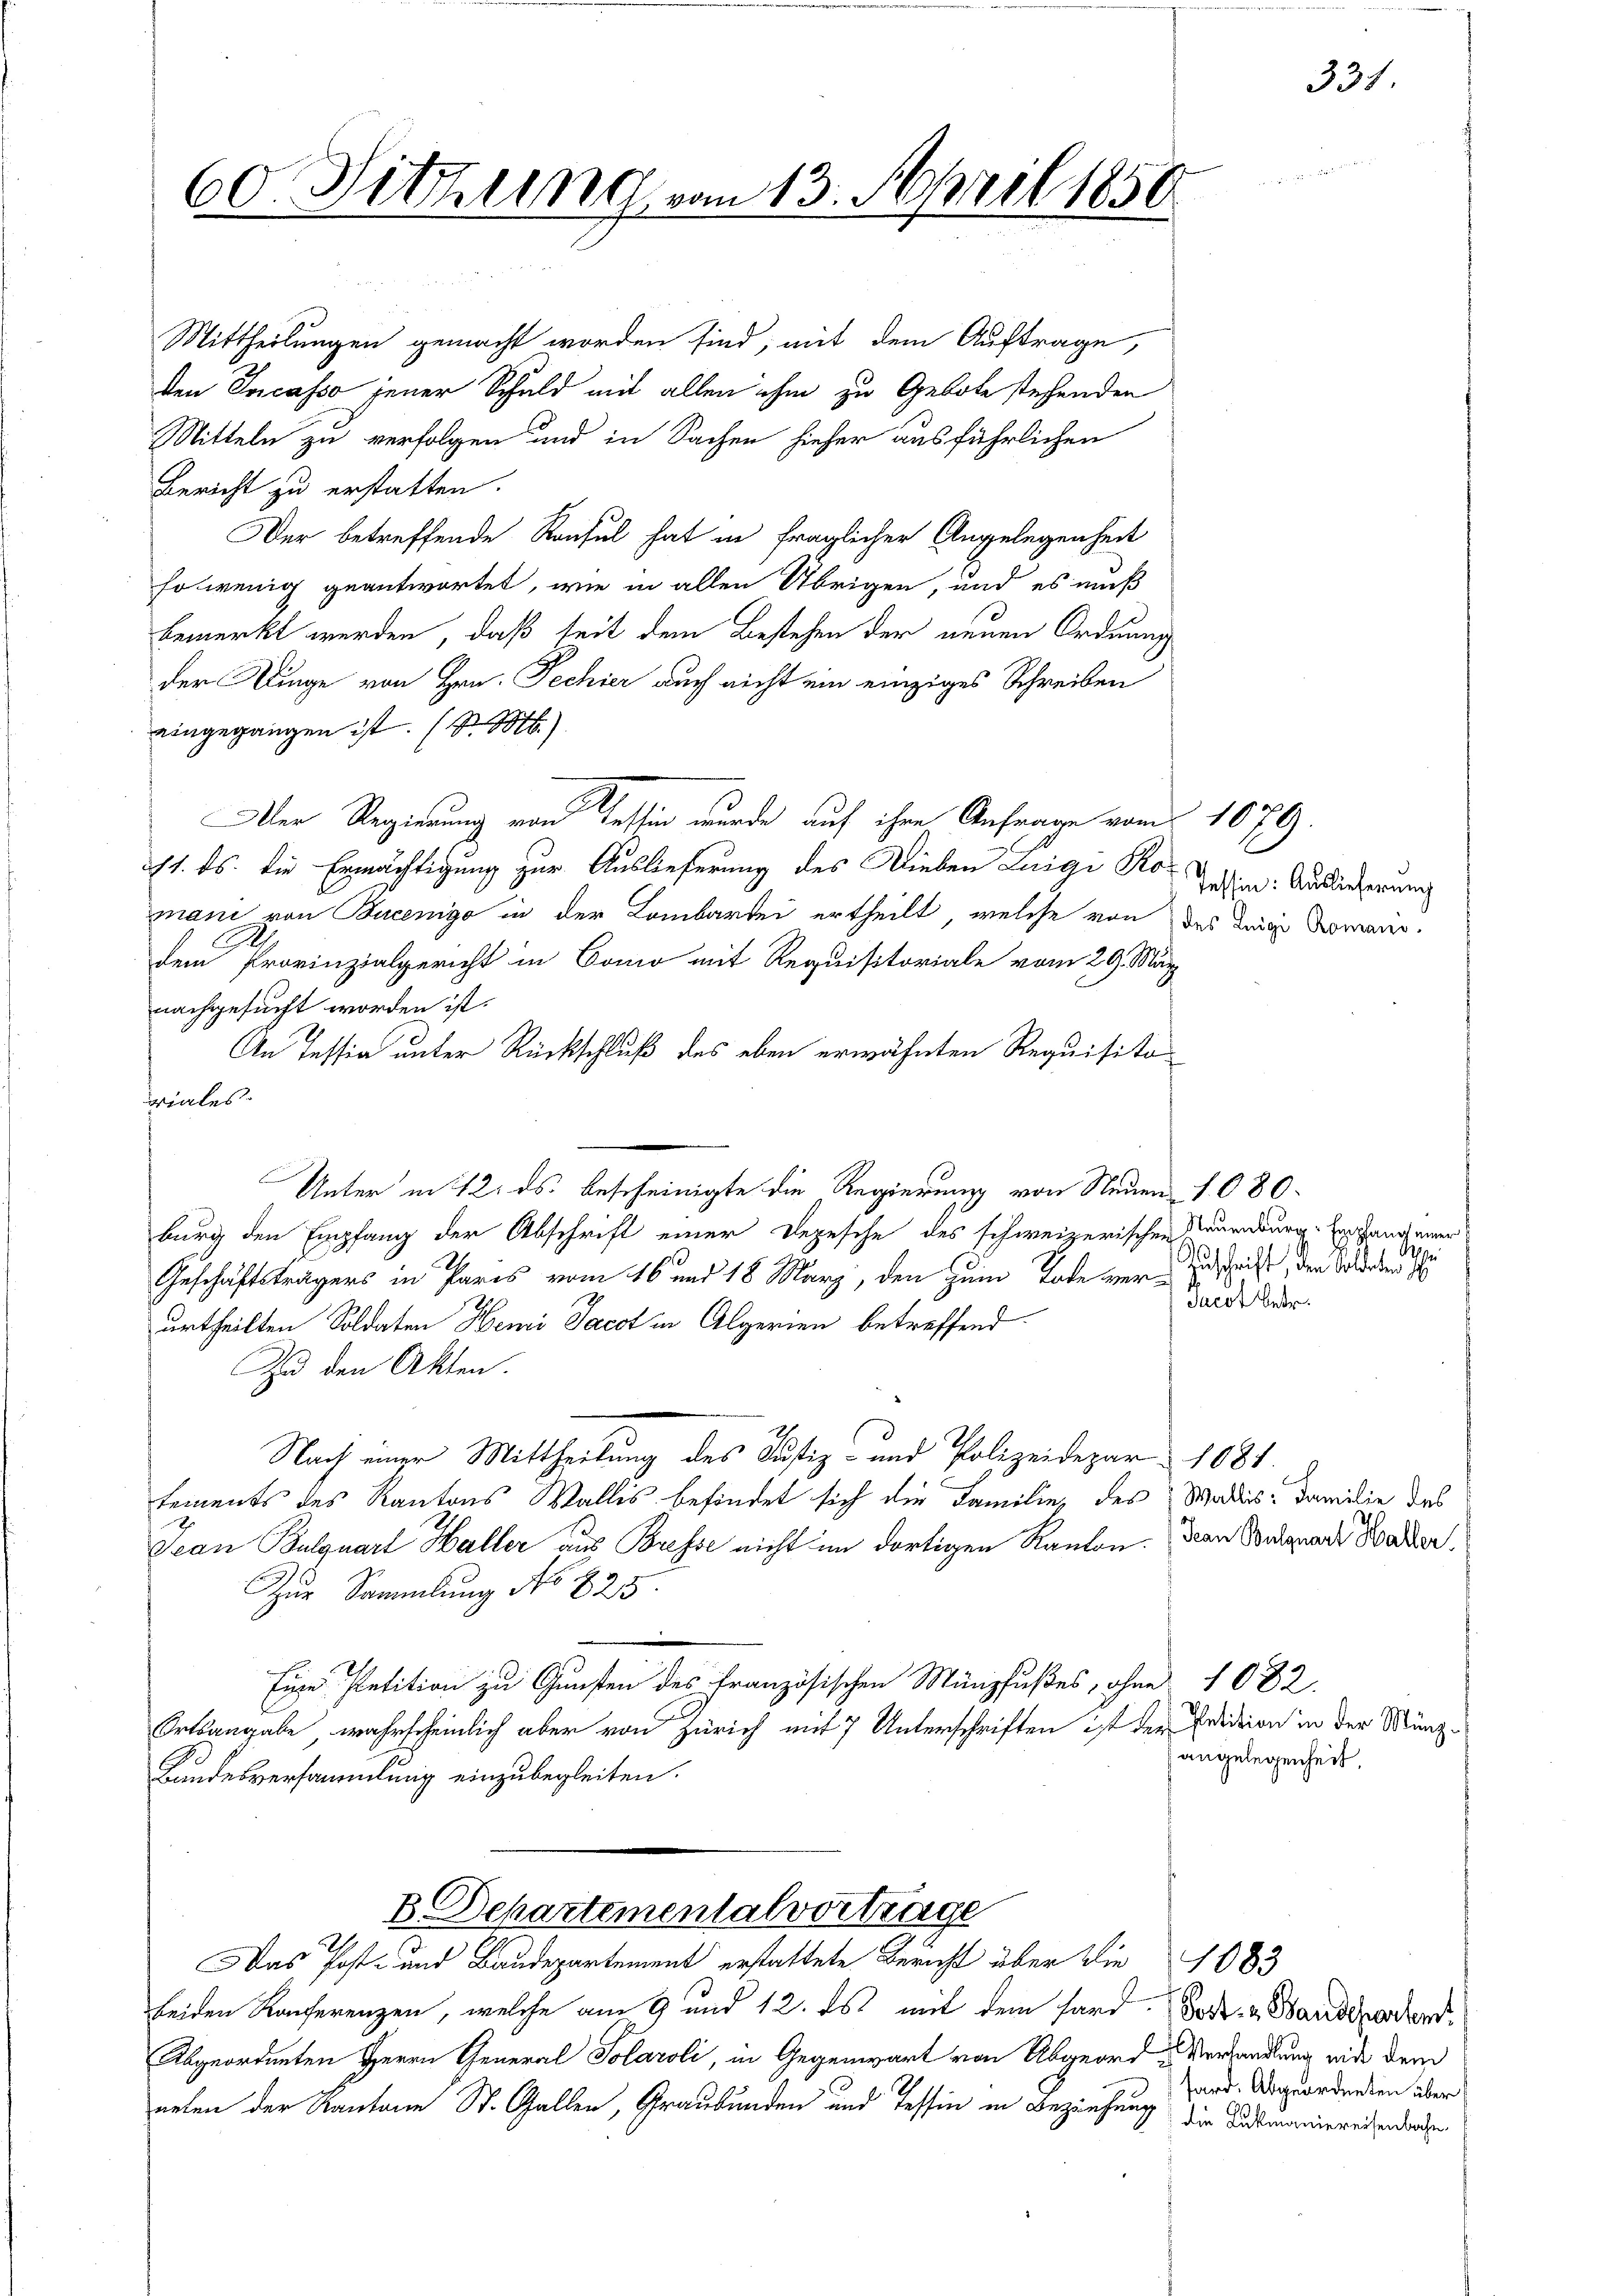
60. Sittlung vom 13. April 1850

Mittheilungen gemacht worden sind, mit dem Auftrage,
den Incasso jener Schuld mit allen ihm zu Gebote stehenden
Mitteln zu verfolgen und in Sachen hieher ausführlichen
Bericht zu erstatten.
DDer betreffende Konsul hat in fraglicher Angelegenheit
solwenig geantwortet, wie in allen Übrigen, und es muß
bemerkt werden, daß seit dem Bestehen der neuen Ordnung
der Dinge von Hrn. Pechier auch nicht ein einziges Schreiben
eingegangen ist. (S. M.)
Aler Regierung von Tessin wurde auf ihre Anfrage vom 1079.
11. ds. die Ermächtigung zur Auslieferung des Dieben Luigi Ro-
mani von Buenigo in der Lombartei ertheilt, welche von des Weige Doman-
dem Provinzialgericht in Como mit Requisitoriale vom 29. März
nachgesucht worden ist.
An Tessia unter Rückschluß des eben erwähnten Requisitodrentes.
Unter in 12. ds. bescheinigte die Regierung von Neuen 1080.
burg den Empfang der Abschrift einer Depesche des schweizerischen Neuenburg. Er Hand einer
Geschäftsträgers in Paris vom 16 und 18 März, den zum Tode ver-
Jacot betr.
urtheilten Soldaten Hemi Jacot in Algerien betreffend
Zu den Akten.
Nach einer Mittheilung des Justiz- und Polizeidepar 1881.
tements des Kantons Wallis befindet sich die Familie, des Wallis. Familie das
Jean Bulquart Haller aus Bresse nicht im dortigen Kanton. Den Bondgrade Bader,
Zur Sammlung No 825.
Eine Petition zu Gunsten des französischen Münzfußes, ohne 1082.
Ortsangabe, wahrscheinlich aber von Zürich mit 7 Unterschriften ist der Edition in der Münzangelegenheit.
Bandesversammlung einzubegleiten.
B Departementalvortrage
Das Post- und Baudepartement erstattete Bericht über die 1083
beiden Konferenzen, welche am 9 und 12. es mit dem Hard. Sode- & Waadt wordend
Abgeordneten Herrn General Solaroli, in Gegenwart von Abgeord-Verhandlung mit dem
neten der Kantone St. Gallen, Graubünden und Tessin in Beziehung die Domaniereitenlage

Tessin: Auslieferung

P
Zuschrift, den Soldaten

331

sard. Abgeordneten über